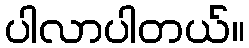
ပါလာပါတယ်။